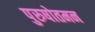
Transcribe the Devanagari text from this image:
पुरुषोतमन